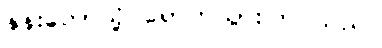
နန်းတော်သို့ ရောက်သွားကြ သည်။